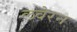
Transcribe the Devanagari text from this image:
लवेरन